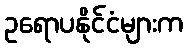
ဥရောပနိုင်ငံများက